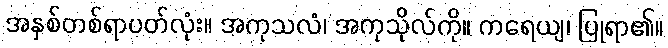
အနှစ်တစ်ရာပတ်လုံး။ အကုသလံ၊ အကုသိုလ်ကို။ ကရေယျ၊ ပြုရာ၏။